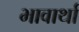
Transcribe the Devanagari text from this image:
भावार्था